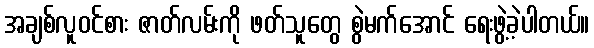
အချစ်လူဝင်စား ဇာတ်လမ်းကို ဖတ်သူတွေ စွဲမက်အောင် ရေးဖွဲ့ခဲ့ပါတယ်။